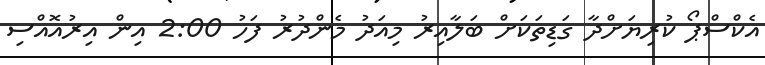
އެކްސްޕޯ ކުރިޔަށްދާ ގަޑިތަކަށް ބަލާއިރު މިއަދު މެންދުރު ފަހު 2:00 އިން އިރުއޮއްސި